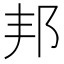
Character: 邦